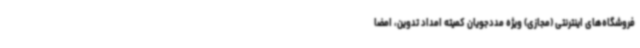
فروشگاه‌های اینترنتی (مجازی) ویژه مددجویان کمیته امداد تدوین، امضا